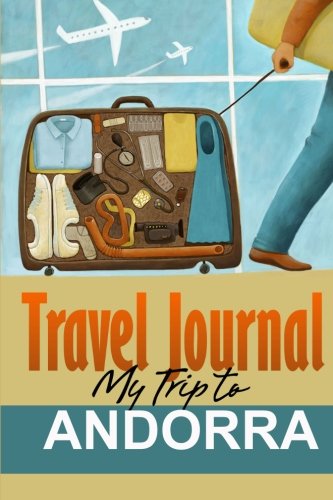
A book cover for Travel Journal: My Trip to Andorra; Travel Diary; Travel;